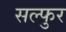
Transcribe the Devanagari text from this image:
सल्फुर